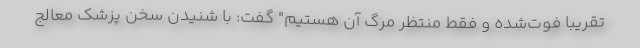
تقریباً فوت‌شده و فقط منتظر مرگ آن هستیم" گفت: با شنیدن سخن پزشک معالج